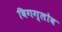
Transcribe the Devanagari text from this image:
बिगग्लोब